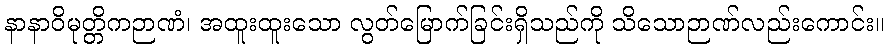
နာနာဝိမုတ္တိကဉာဏံ၊ အထူးထူးသော လွတ်မြောက်ခြင်းရှိသည်ကို သိသောဉာဏ်လည်းကောင်း။